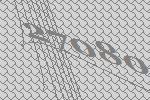
27080